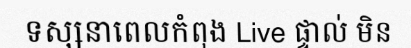
ទស្សនាពេលកំពុង Live ផ្ទាល់ មិន